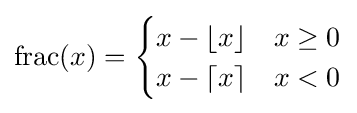
\operatorname {frac} (x)={\begin{cases}x-\lfloor x\rfloor &x\geq 0\\x-\lceil x\rceil &x<0\end{cases}}